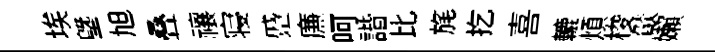
埃塈旭叠禳寝蹙㢘呵諧比旄扢喜轆煩梭燄嬾